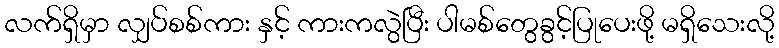
လက်ရှိမှာ လျှပ်စစ်ကား နှင့် ကားကလွဲပြီး ပါမစ်တွေခွင့်ပြုပေးဖို့ မရှိသေးလို့